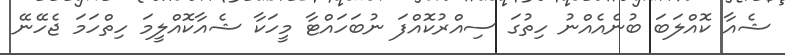
ޝެއާ ކޮއްލަބަ ބުނެއެއްނު ހިތުގަ ސިއްރުކޮއްފަ ނުބަހައްޓާ މީހަކާ ޝެއާކޮއްލީމަ ހިތްހަމަ ޖެހޭނޭ